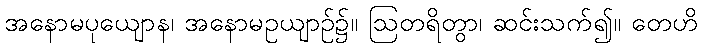
အနောမပုယျောန၊ အနောမဥယျာဉ်၌။ ဩတရိတွာ၊ ဆင်းသက်၍။ တေဟိ